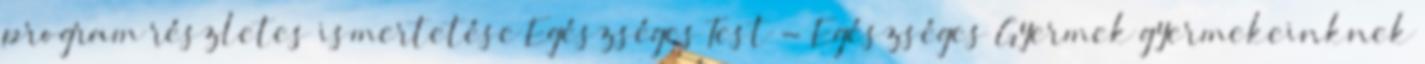
program részletes ismertetése Egészséges Test - Egészséges Gyermek gyermekeinknek